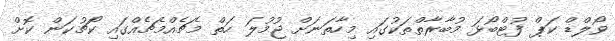
ވޯލްޑް ކަޕް ފުޓްބޯޅަ މުބާރާތްތަކުގައި މިހާތަނަށް ޖުމުލަ ހަތް މެޗެއްމެޗެއްގައި ކޯޗުކަން ކޮށް